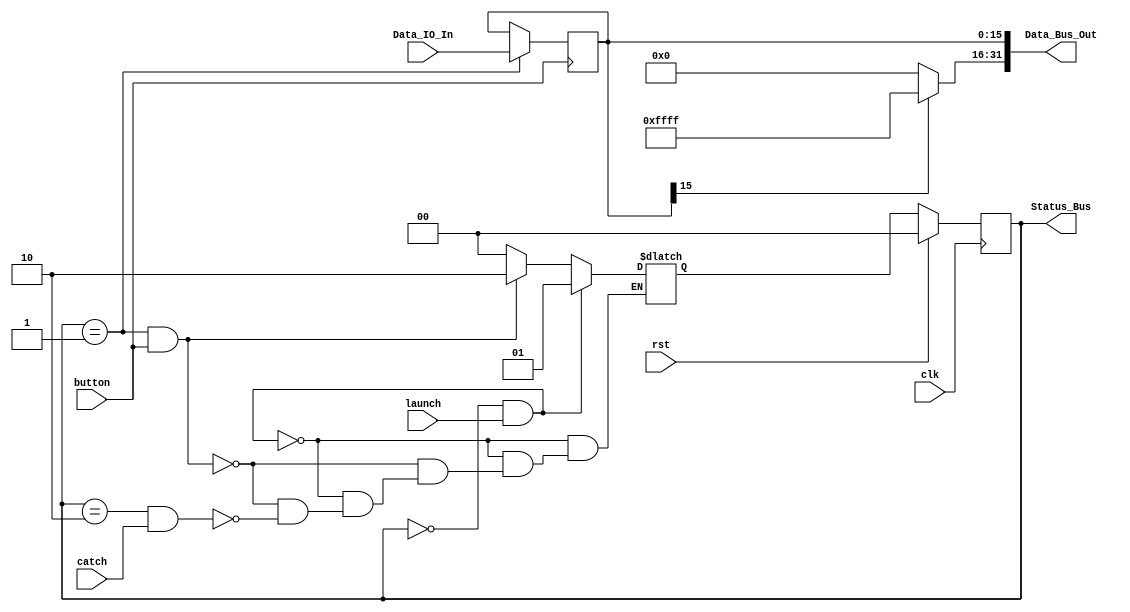
module IO_Interface_SW
	(
		input clk, rst,
		// input [31:0] Instruction_Bus,	// from bus(CPU)
		input [15:0] Data_IO_In,		// from I/O devices
		input button,					// if pressed (1), read-data from SW is valid
		input launch,					// lasts for 1 cycle, if 1, means CPU is waking up I/O devices
		input catch,					// lasts for 1 cycle, if 1, means CPU is ending transmission
		output [31:0] Data_Bus_Out,		// to bus(CPU)
		output [1:0] Status_Bus			// to bus(CPU), D&B
	);

	reg [31:0] Ins_Reg;					// save ins from CPU
	reg [15:0] DBR;						// data buffer in Interface, FIFO
	// reg buffer_count_curr;				// count for items in buffer
	// reg buffer_count_next;				// count for items in buffer

	// wake up, saving instruction into Ins_Reg
	// always @(posedge clk) begin
	// 	if (rst || catch) begin
	// 		Ins_Reg <= 0;
	// 	end
	// 	else if (launch) begin
	// 		Ins_Reg <= Instruction_Bus;
	// 	end
	// 	else begin
	// 		Ins_Reg <= Ins_Reg;
	// 	end
	// end

	// start to prepare
	reg [1:0] curr_state, next_state;
	localparam IDLE = 2'b00;
	localparam DONE = 2'b10;
	localparam BUSY = 2'b01;

	initial begin
		next_state = IDLE;
	end

	always @(posedge clk) begin
		if (rst) begin
			curr_state <= IDLE;
		end
		else begin
			curr_state <= next_state;
		end
	end

	assign Status_Bus = curr_state;
	assign Data_Bus_Out = {((DBR[15]) ? 16'hffff : 16'h0000), DBR};

	always @(*) begin
		if (curr_state == IDLE && launch) begin
			next_state = BUSY;
		end
		else if (curr_state == BUSY && button) begin
			next_state = DONE;
		end
		else if (curr_state == DONE && catch) begin
			next_state = IDLE;
		end
		else begin
			next_state = next_state;
		end
	end

	always @(posedge button) begin
		if (rst) begin
			DBR <= 0;
		end
		if (curr_state == BUSY) begin
			DBR <= Data_IO_In;
		end
		else begin
			DBR <= DBR;
		end
	end
endmodule
module IO_Interface_LED
	(
		input clk, rst,
		input [31:0] Data_Bus_In,		// from bus(CPU)
		// input [31:0] Instruction_Bus,	// from bus(CPU)
		input launch,					// lasts for 1 cycle, if 1, means CPU is waking up I/O devices
		output [15:0] LED_return		// back to top file, assuming that there ARE LEDs
	);

	reg [15:0] Data_IO_Out;				// to I/O devices
	reg [31:0] Ins_Reg;					// save ins from CPU
	reg [15:0] DBR [0:1];				// data buffer in Interface, FIFO

	// wake up, saving instruction into Ins_Reg
	// always @(posedge clk) begin
	// 	if (launch) begin
	// 		Ins_Reg <= Instruction_Bus;
	// 	end
	// 	else begin
	// 		Ins_Reg <= Ins_Reg;
	// 	end
	// end

	// start to prepare
	always @(posedge clk) begin
		if (rst) begin
			Data_IO_Out <= 0;
		end
		else if (launch) begin
			Data_IO_Out <= Data_Bus_In[15:0];
		end 
		else begin
			Data_IO_Out <= Data_IO_Out;
		end
	end

	LED LED (
		.clk(clk),
		.LED_data(Data_IO_Out),
		.LED_out(LED_return)
	);
endmodule